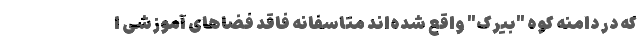
که در دامنه کوه "بیرک" واقع شده‌اند متاسفانه فاقد فضاهای آموزشی ا